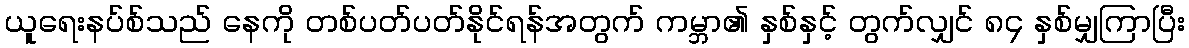
ယူရေးနပ်စ်သည် နေကို တစ်ပတ်ပတ်နိုင်ရန်အတွက် ကမ္ဘာ၏ နှစ်နှင့် တွက်လျှင် ၈၄ နှစ်မျှကြာပြီး